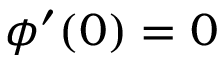
\phi ^ { \prime } ( 0 ) = 0